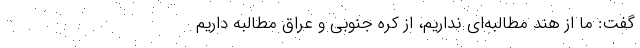
گفت: ما از هند مطالبه‌ای نداریم، از کره جنوبی و عراق مطالبه داریم